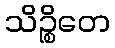
သိဉ္စိတေ